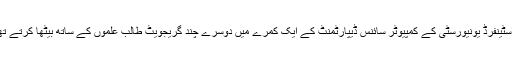
وہ اسٹینفرڈ یونیورسٹی کے کمپیوٹر سائنس ڈیپارٹمنٹ کے ایک کمرے میں دوسرے چند گریجویٹ طالب علموں کے ساتھ بیٹھا کرتے تھے۔